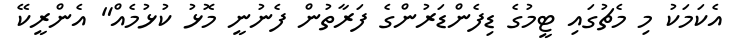
އެކަމަކު މި މެޗުގައި ޓީމުގެ ޑިފެންޑަރުންގެ ފަރާތުން ފެނުނީ މޮޅު ކުޅުމެއް" އެންރީކޭ